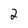
Character: 2